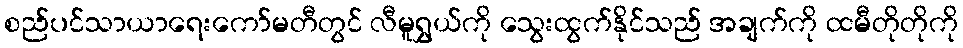
စည်ပင်သာယာရေးကော်မတီတွင် လီမူရွှယ်ကို သွေးထွက်နိုင်သည် အချက်ကို ထမီတိုတိုကို